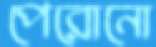
পেরোনো